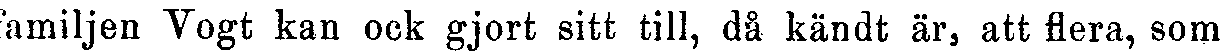
familjen Vogt kan ock gjort sitt till, då kändt är, att flera, som